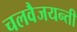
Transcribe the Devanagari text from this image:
चलवैजयन्ती